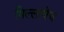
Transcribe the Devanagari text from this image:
भिल्लाचेच